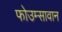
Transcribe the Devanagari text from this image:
फोउम्सावान